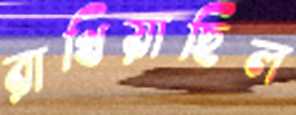
রাখিয়াছিল